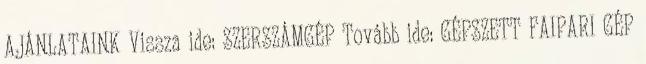
AJÁNLATAINK Vissza ide: SZERSZÁMGÉP Tovább ide: GÉPSZETT FAIPARI GÉP